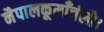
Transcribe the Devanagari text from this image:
नैपालकूमाँचंलौ।